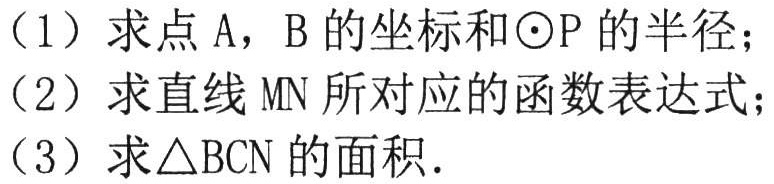
（1）求点\(A\)，\(B\)的坐标和\(\odot P\)的半径；
（2）求直线\(MN\)所对应的函数表达式；
（3）求\(\triangle BCN\)的面积．